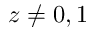
z \neq 0 , 1